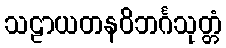
သဠာယတနဝိဘင်္ဂသုတ္တံ